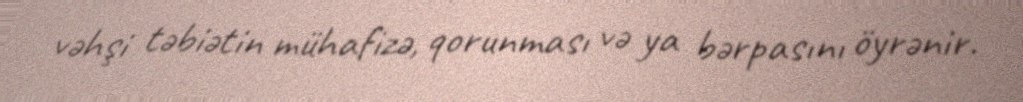
vəhşi təbiətin mühafizə, qorunması və ya bərpasını öyrənir.